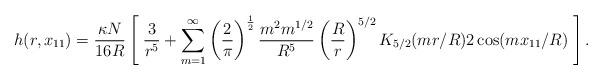
LaTeX: \begin{align*}h(r, x_{11}) = \frac{\kappa N}{16 R} \left[ \; \frac{3}{r^5} + \sum^{\infty}_{m=1} \left( \frac{2}{\pi} \right)^\frac{1}{2} \frac{m^2 m^{1/2}}{R^5} \left( \frac{R}{r} \right)^{5/2} K_{5/2} ( mr / R ) 2 \cos (m x_{11} / R ) \; \right] . \end{align*}